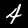
Digit: 4